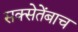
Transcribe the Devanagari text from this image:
सक्सेतेंबाच